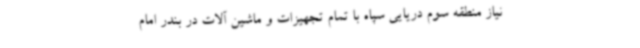
نیاز منطقه سوم دریایی سپاه با تمام تجهیزات و ماشین آلات در بندر امام